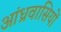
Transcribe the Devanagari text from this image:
आंध्रवासियों